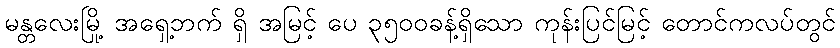
မန္တလေးမြို့ အရှေ့ဘက် ရှိ အမြင့် ပေ ၃၅၀၀ခန့်ရှိသော ကုန်းပြင်မြင့် တောင်ကလပ်တွင်